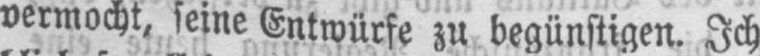
vermocht, seine Entwürfe zu begünstigen. Ich